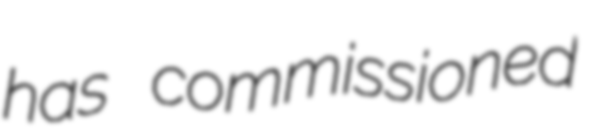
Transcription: has commissioned